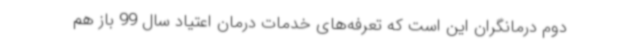
دوم درمانگران این است که تعرفه‌های خدمات درمان اعتیاد سال 99 باز هم